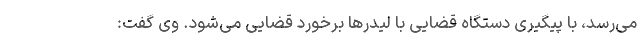
می‌رسد، با پیگیری دستگاه قضایی با لیدرها برخورد قضایی می‌شود. وی گفت: